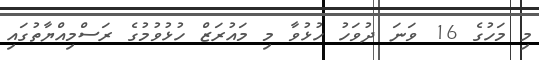
މި މަހުގެ 16 ވަނަ ދުވަހު ހުޅުވާ މި މައުރަޒް ހުޅުވުމުގެ ރަސްމިއްޔާތުގައި